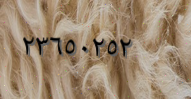
٢٣٦٥٠٢٥٢